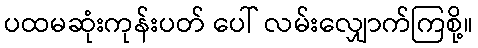
ပထမဆုံးကုန်းပတ် ပေါ် လမ်းလျှောက်ကြစို့။